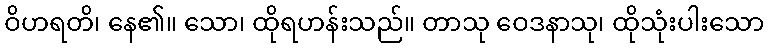
ဝိဟရတိ၊ နေ၏။ သော၊ ထိုရဟန်းသည်။ တာသု ဝေဒနာသု၊ ထိုသုံးပါးသော